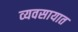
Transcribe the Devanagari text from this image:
व्‍यवसायात